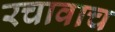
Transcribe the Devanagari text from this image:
रचावाच